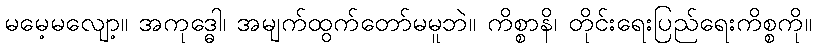
မမေ့မလျော့။ အကုဒ္ဓေါ၊ အမျက်ထွက်တော်မမူဘဲ။ ကိစ္စာနိ၊ တိုင်းရေးပြည်ရေးကိစ္စကို။